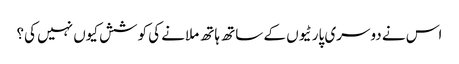
اس نے دوسری پارٹیوں کے ساتھ ہاتھ ملانے کی کوشش کیوں نہیں کی؟